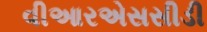
વીઆરએસસીડી